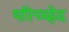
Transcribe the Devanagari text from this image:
परिच्च्हेद